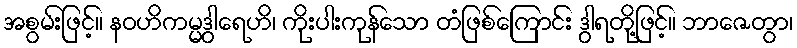
အစွမ်းဖြင့်။ နဝဟိကမ္မဒွါရေဟိ၊ ကိုးပါးကုန်သော တံဖြစ်ကြောင်း ဒွါရတို့ဖြင့်။ ဘာဇေတွာ၊